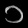
Digit: ၁